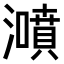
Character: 𤂫